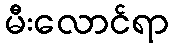
မီးလောင်ရာ